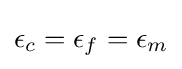
\epsilon _{c}=\epsilon _{f}=\epsilon _{m}